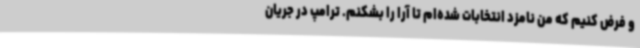
و فرض کنیم که من نامزد انتخابات شده‌ام تا آرا را بشکنم. ترامپ در جریان